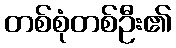
တစ်စုံတစ်ဦး၏